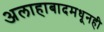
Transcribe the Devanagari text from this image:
अलाहाबादमधूनही